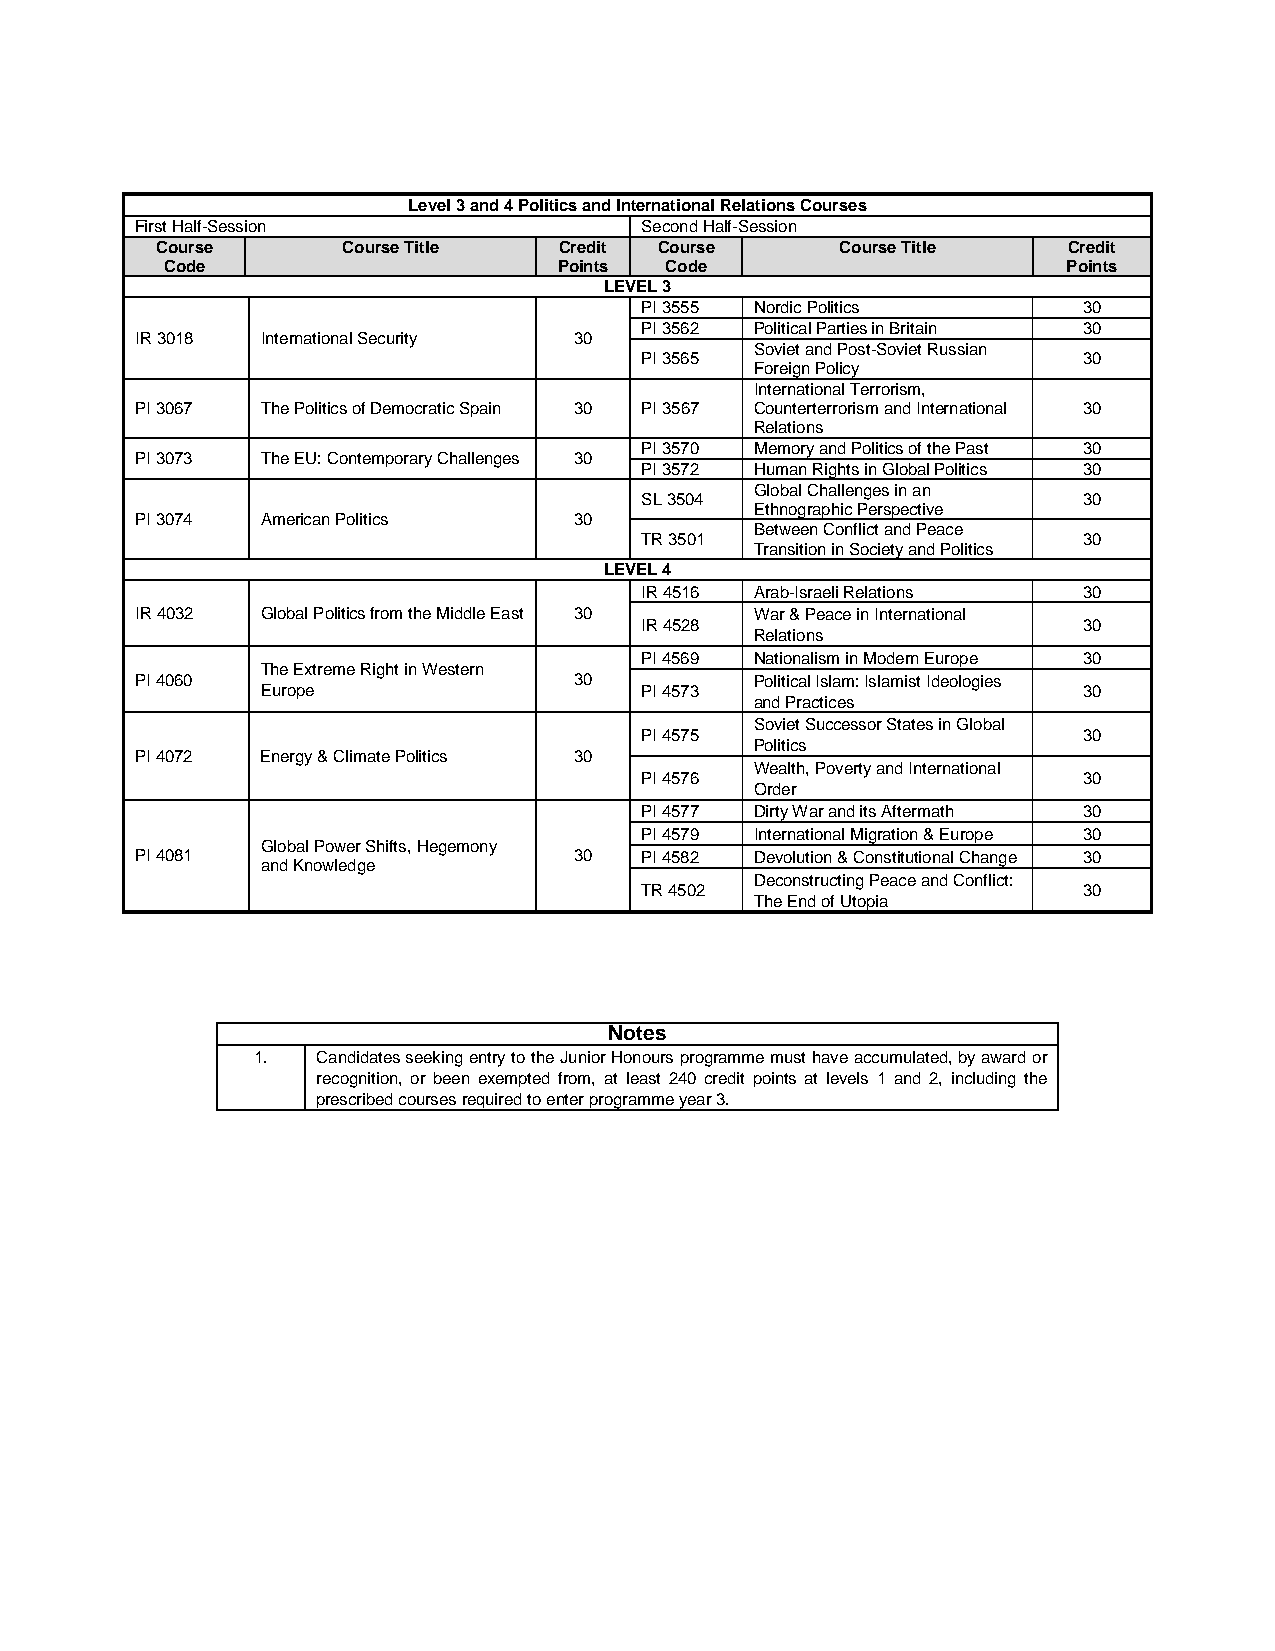
Level 3 and 4 Politics and International Relations Courses
 First Half-Session               Second Half-Session
 Course       Course Title  Credit Course      Course Title   Credit
 Code                      Points Code                       Points
 LEVEL 3
 PI 3555 Nordic Politics       30
 PI 3562 Political Parties in Britain 30
 IR 3018 International Security 30
 Soviet and Post-Soviet Russian
 PI 3565                       30
 Foreign Policy
 International Terrorism,
 PI 3067 The Politics of Democratic Spain 30 PI 3567 Counterterrorism and International 30
 Relations
 PI 3570 Memory and Politics of the Past 30
 PI 3073 The EU: Contemporary Challenges 30
 PI 3572 Human Rights in Global Politics 30
 Global Challenges in an
 SL 3504                       30
 Ethnographic Perspective
 PI 3074 American Politics    30
 Between Conflict and Peace
 TR 3501                       30
 Transition in Society and Politics
 LEVEL 4
 IR 4516 Arab-Israeli Relations 30
 IR 4032 Global Politics from the Middle East 30 War & Peace in International
 IR 4528                       30
 Relations
 PI 4569 Nationalism in Modern Europe 30
 The Extreme Right in Western
 PI 4060                      30          Political Islam: Islamist Ideologies
 Europe                   PI 4573                       30
 and Practices
 Soviet Successor States in Global
 PI 4575                       30
 Politics
 PI 4072 Energy & Climate Politics 30
 Wealth, Poverty and International
 PI 4576                       30
 Order
 PI 4577 Dirty War and its Aftermath 30
 PI 4579 International Migration & Europe 30
 Global Power Shifts, Hegemony
 PI 4081                      30  PI 4582 Devolution & Constitutional Change 30
 and Knowledge
 Deconstructing Peace and Conflict:
 TR 4502                       30
 The End of Utopia
 Notes
 1.  Candidates seeking entry to the Junior Honours programme must have accumulated, by award or
 recognition, or been exempted from, at least 240 credit points at levels 1 and 2, including the
 prescribed courses required to enter programme year 3.